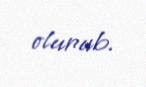
olunub.